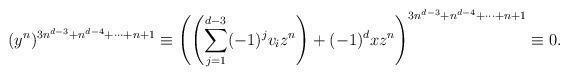
LaTeX: \begin{align*}(y^n)^{3n^{d-3}+n^{d-4}+\cdots+n+1} \equiv \left(\left(\sum_{j=1}^{d-3}(-1)^{j}v_iz^n\right)+(-1)^{d}xz^n\right)^{3n^{d-3}+n^{d-4}+\cdots+n+1} \equiv 0.\end{align*}